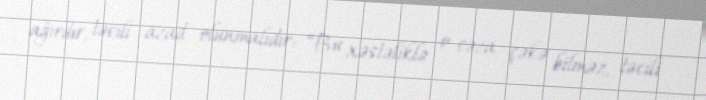
ağırdır, təcili azad olunmalıdır: “Bu xəstəliklə o cəza çəkə bilməz, təcili